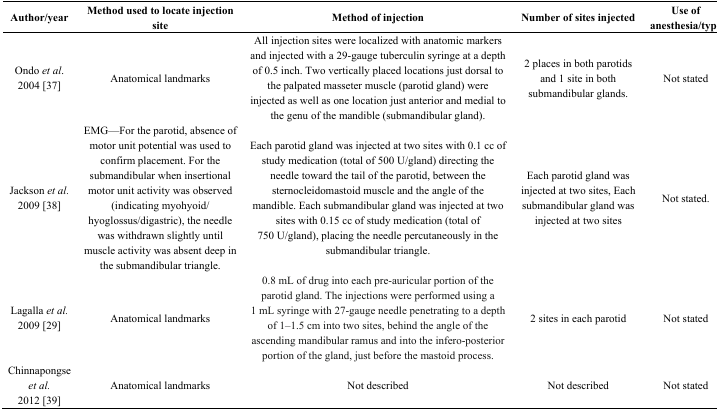
<table><thead><tr><td><b>Author/year</b></td><td><b>Method used to locate injection site</b></td><td><b>Method of injection</b></td><td><b>Number of sites injected</b></td><td><b>Use of anesthesia/type</b></td></tr></thead><tbody><tr><td>Ondo <i>et al</i>. 2004 [37]</td><td>Anatomical landmarks</td><td>All injection sites were localized with anatomic markers and injected with a 29-gauge tuberculin syringe at a depth of 0.5 inch. Two vertically placed locations just dorsal to the palpated masseter muscle (parotid gland) were injected as well as one location just anterior and medial to the genu of the mandible (submandibular gland).</td><td>2 places in both parotids and 1 site in both submandibular glands.</td><td>Not stated</td></tr><tr><td>Jackson <i>et al.</i> 2009 [38]</td><td>EMG—For the parotid, absence of motor unit potential was used to confirm placement. For the submandibular when insertional motor unit activity was observed (indicating myohyoid/ hyoglossus/digastric), the needle was withdrawn slightly until muscle activity was absent deep in the submandibular triangle.</td><td>Each parotid gland was injected at two sites with 0.1 cc of study medication (total of 500 U/gland) directing the needle toward the tail of the parotid, between the sternocleidomastoid muscle and the angle of the mandible. Each submandibular gland was injected at two sites with 0.15 cc of study medication (total of 750 U/gland), placing the needle percutaneously in the submandibular triangle.</td><td>Each parotid gland was injected at two sites, Each submandibular gland was injected at two sites</td><td>Not stated. </td></tr><tr><td>Lagalla <i>et al.</i> 2009 [29]</td><td>Anatomical landmarks</td><td>0.8 mL of drug into each pre-auricular portion of the parotid gland. The injections were performed using a 1 mL syringe with 27-gauge needle penetrating to a depth of 1–1.5 cm into two sites, behind the angle of the ascending mandibular ramus and into the infero-posterior portion of the gland, just before the mastoid process.</td><td>2 sites in each parotid</td><td>Not stated</td></tr><tr><td>Chinnapongse <i>et al.</i> 2012 [39]</td><td>Anatomical landmarks</td><td>Not described</td><td>Not described</td><td>Not stated</td></tr></tbody></table>